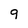
Character: 9